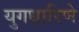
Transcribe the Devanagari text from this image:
युगधारिणे